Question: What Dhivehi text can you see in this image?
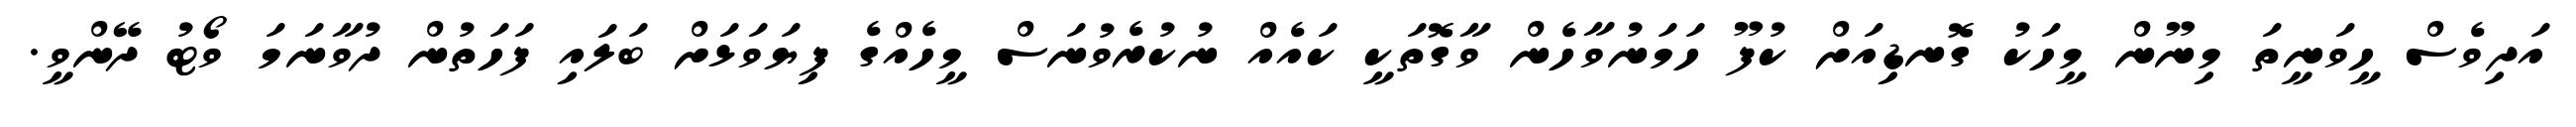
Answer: އަދިވެސް ހީވަނީތަ މިނޫން މީހަކު ގޮނޑިއަށް ކުފޫ ހަމަނުވާހެން ވާގޮތަކީ ކައެއް ނުކުރެވުނަސް މީހެއްގެ ފިޔަވަޅަށް ބަލައި ފަހަތުން ދުވާނަމަ ވޯޓު ދޭންވީ.